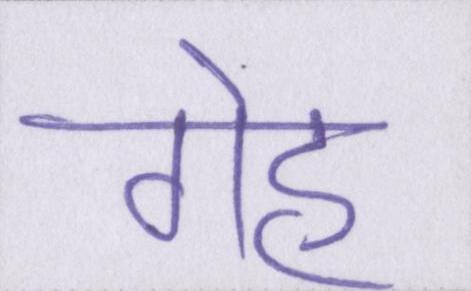
गेह